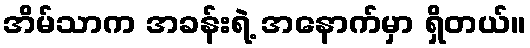
အိမ်သာက အခန်းရဲ့ အနောက်မှာ ရှိတယ်။